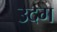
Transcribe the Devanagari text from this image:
उदग